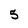
Character: 5